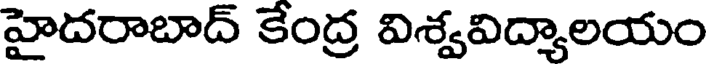
హైదరాబాద్ కేంద్ర విశ్వవిద్యాలయం